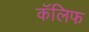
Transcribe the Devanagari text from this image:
कॅलिफ